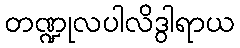
တဏ္ဍုလပါလိဒွါရာယ